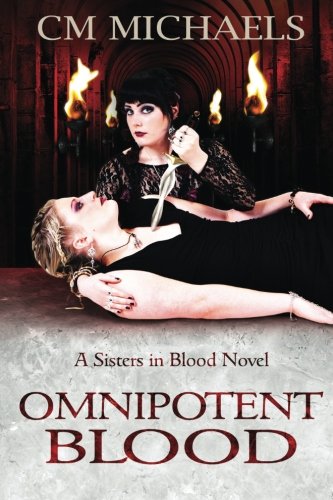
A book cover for Omnipotent Blood (Sisters in Blood) (Volume 2); C M Michaels; Romance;